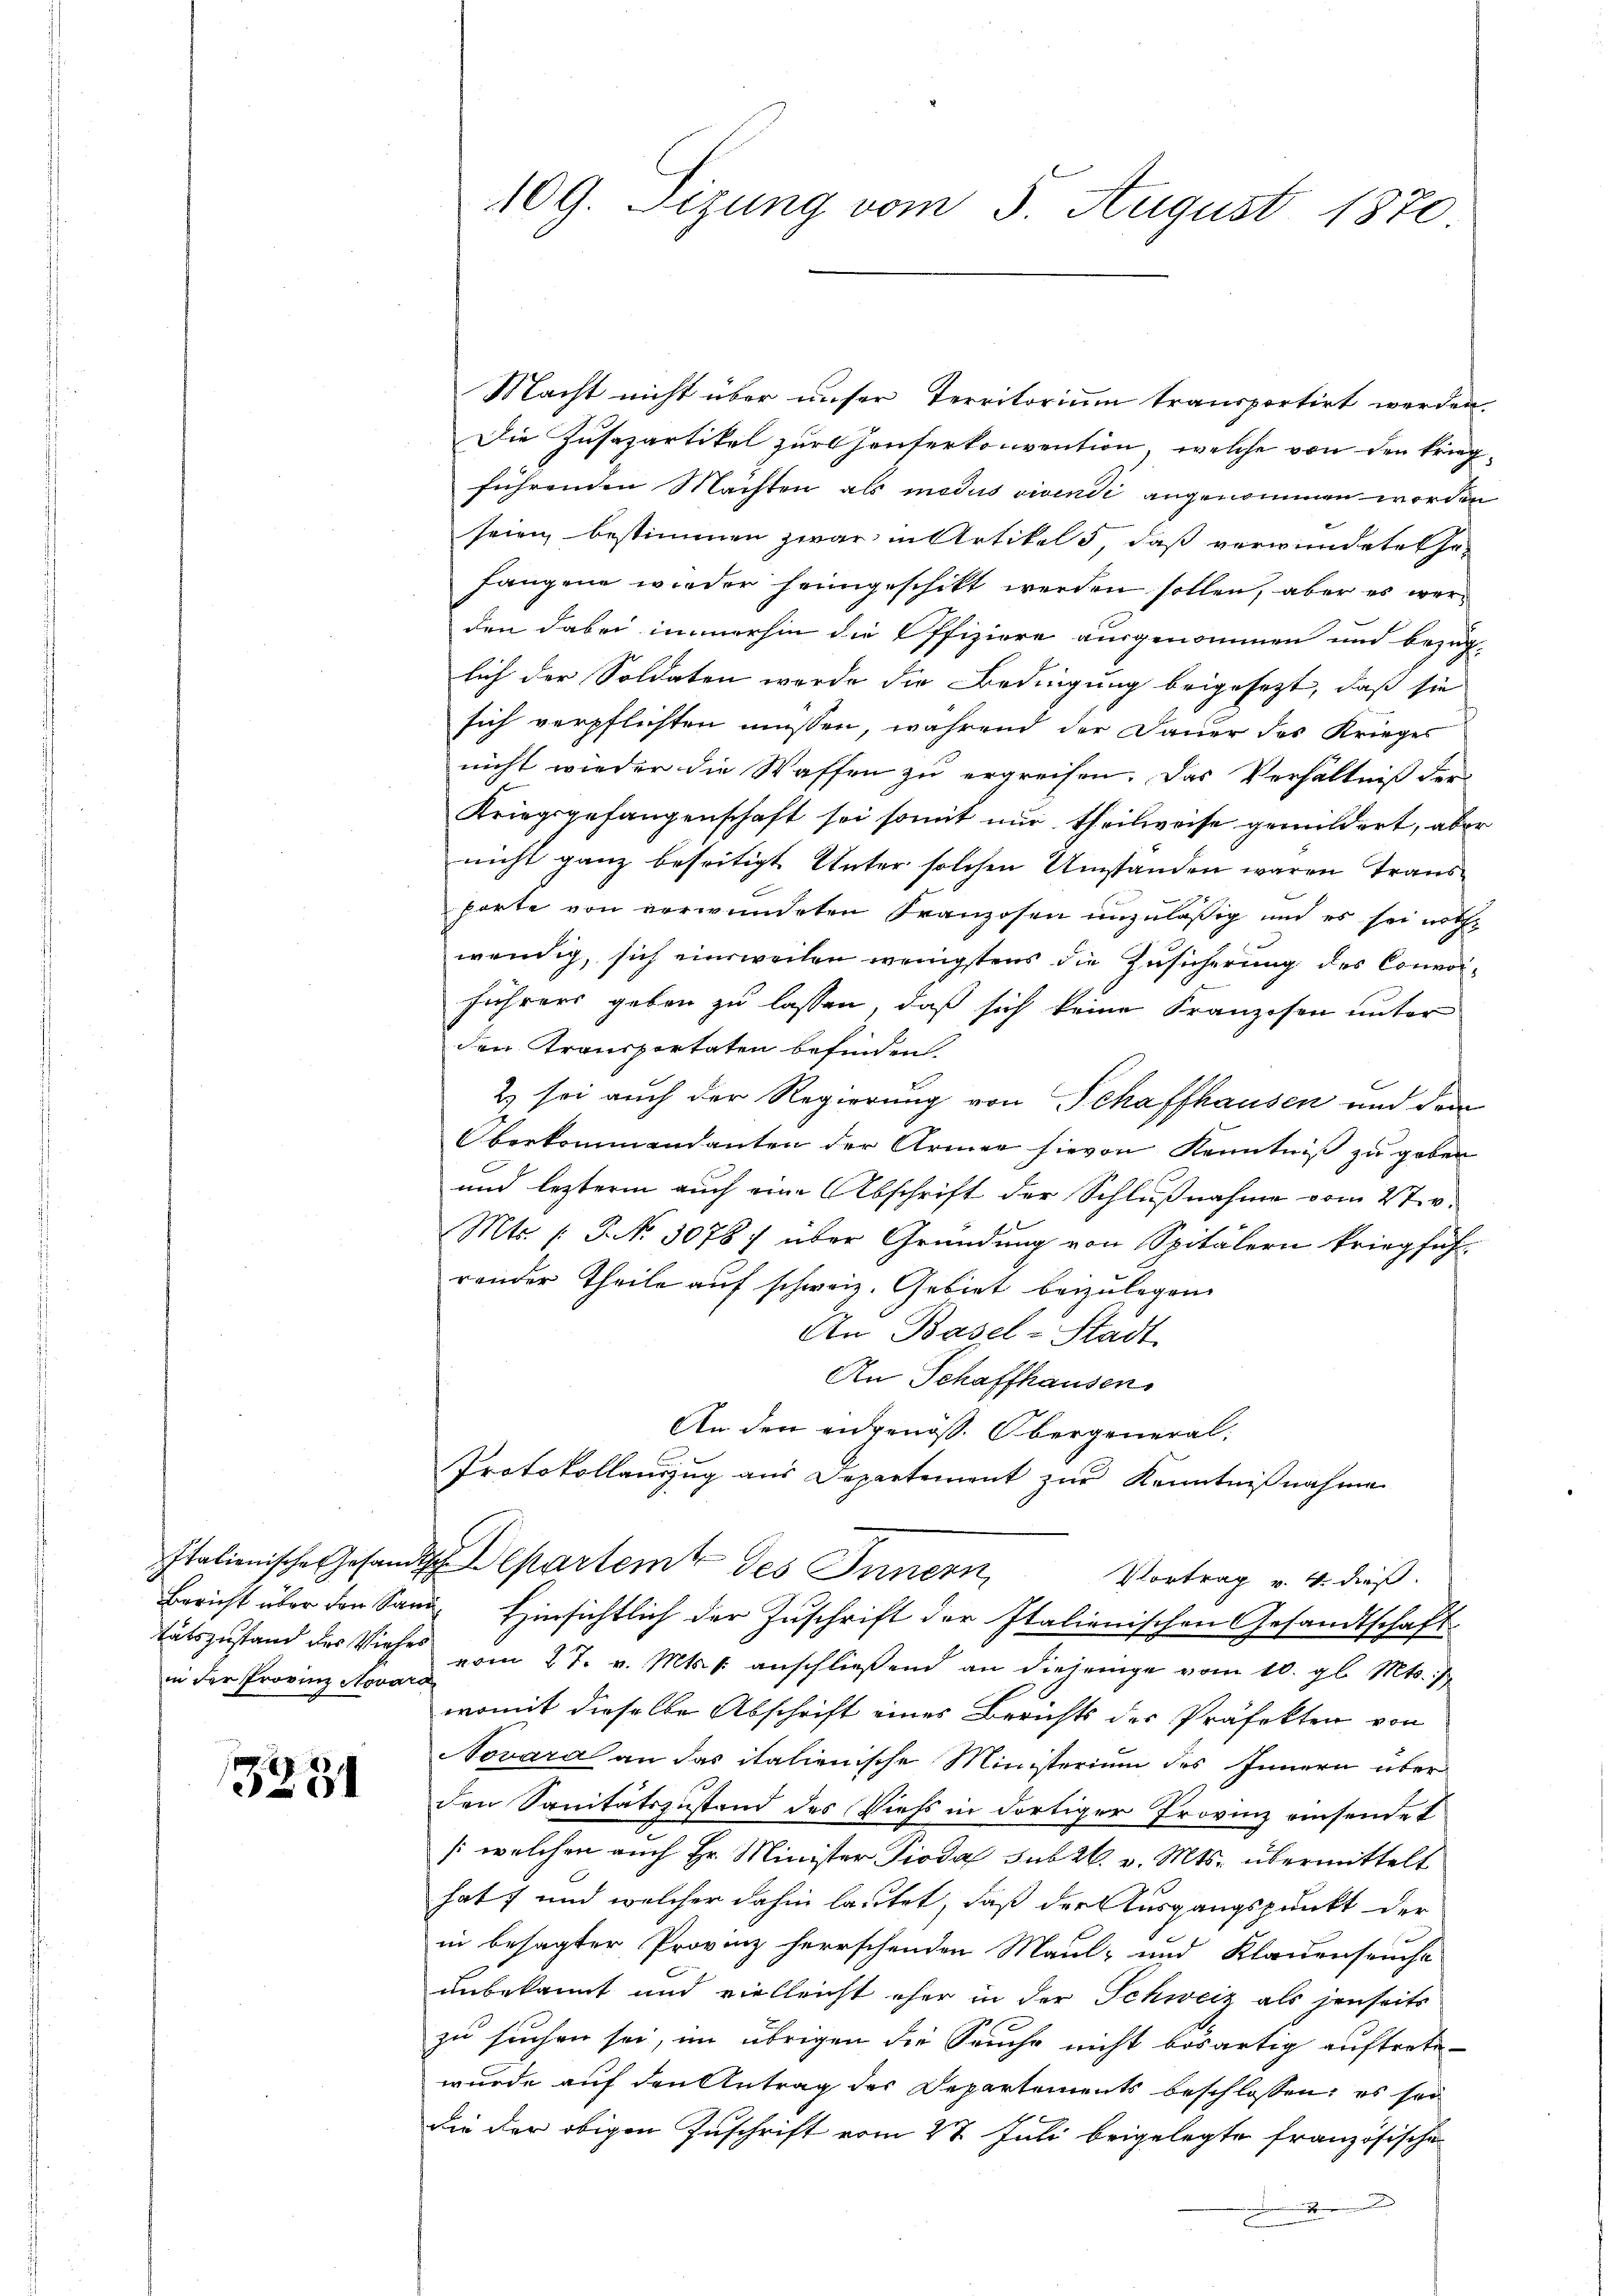
tätszustand des Viehes
in der Provinz Novars

3281

109. Sizung vom 5. August 1870.

Macht nicht über unser Territorium transportirt werden.
Die Zusapartikel zur Hauserkonvention, welche von den krieg
führenden Machten als modus vivendi angenommen werden
seien bestimmen zwar in Artikel 5, daß verwindetes Ge-
fangene wieder heimgeschikt werden sollen, aber es werd
den dabei immerhin die Offiziere ausgenommen und bezüg-
lich der Soldaten werde die Bedingung beigesezt, daß sie
sich verpflichten müssen, während der Dauer des Krieges
nicht wieder die Waffen zu ergreifen. Das Verhältniß der
Kriegsgefangenschaft sei somit nur theilweise gemildert, aber
nicht ganz beseitigt Unter solchen Umstanden waren Traus
porte von verwundeten Franzosen unzulässig und es sei nothwendig, sich einsweilen wenigstens die Zusicherung des Convorführers geben zu lassen, daß sich keine Kranzosen unter
den Transportaten befinden
2) sei auch der Regierung von Schaffhausen und dem
Oberkommendanten der Armee hievon Kenntniß zu geben
und lezterm auch eine Abschrift der Schlußnahme vom 27. v.
Mts. (T. No. 3078 über Gründung von Spitälern kriegführender Theile auf schweiz. Gebiet beizulegen.
An Basel-Stadt
An Schaffhausen.
An den eidgenöß. Obergeneral¬
Protokollauszug aus Departement zur Kenntnißnahme
Italienische Gesandte Departent des Innern,
Vortrag v. 4. dieß.
Bericht über den Sand Hinsichtlich der Zuschrift der Italienischen Gesandtschaft
vom 27. v. Mts. s. anschließend an diejenige vom 10. gl. Mts.
womit dieselbe Abschrift eines Berichts der Präfekten von
Novara an das italienische Ministerium des Innern über
den Sanitätszustand des Viehs in dortiger Provinz einsendet
/:welchen auch Hr. Minister Pioda sub 26. v. Mts. übermittelt
hat; und welcher dahin lautet, daß der Ausgangspunkt der
in besagter Provinz herrschenden Maul- und Klauenseuche
unbekannt und vielleicht eher in der Schweiz als jenseits
zu suchen sei, im übrigen die Seuche nicht bösartig auftretewurde auf den Antrag des Departements beschlossen; es sei
die der obigen Zuschrift vom 27. Juli beigelegte französische